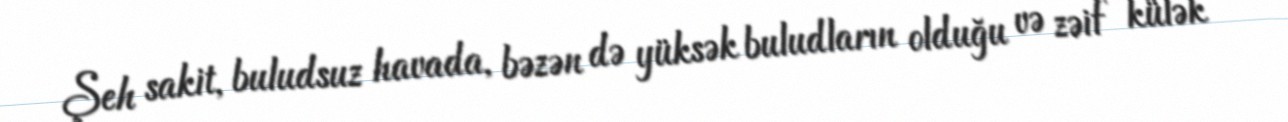
Şeh sakit, buludsuz havada, bəzən də yüksək buludların olduğu və zəif külək